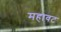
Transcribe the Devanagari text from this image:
महावट